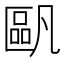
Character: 𠥷